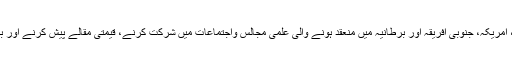
مرحوم کو سعودی عرب، الجزائر، ملیشیا، امریکہ، جنوبی افریقہ اور برطانیہ میں منعقد ہونے والی علمی مجالس واجتماعات میں شرکت کرنے، قیمتی مقالے پیش کرنے اور بحث ومذاکرہ میں حصہ لینے کا موقع ملا۔